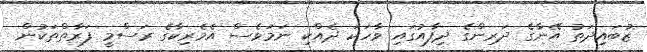
ޒުބައިދަތު އޭނާގެ ދަރިންގެ ދިފާއުގައި ވާހަކަ ދެއްކި ނަމަވެސް އެމެރިކާގެ ރަސްމީ ފަރާތްތަކުން